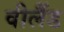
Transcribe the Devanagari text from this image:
वीलैंड